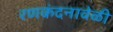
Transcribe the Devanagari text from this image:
रणकंदनावेळी